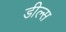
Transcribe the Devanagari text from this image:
डील्स